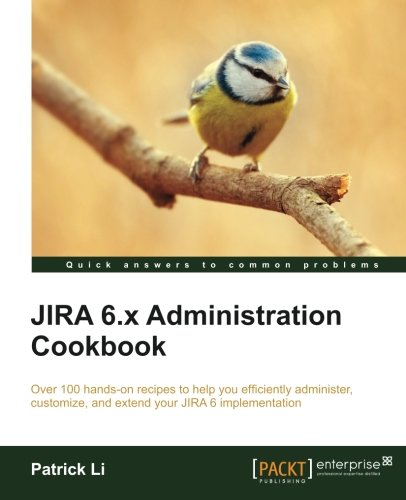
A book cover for JIRA 6.x Administration Cookbook; Patrick Li; Computers & Technology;